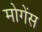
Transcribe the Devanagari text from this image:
मोगेंस